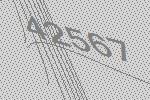
42567